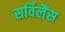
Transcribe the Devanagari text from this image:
सर्विलैंस